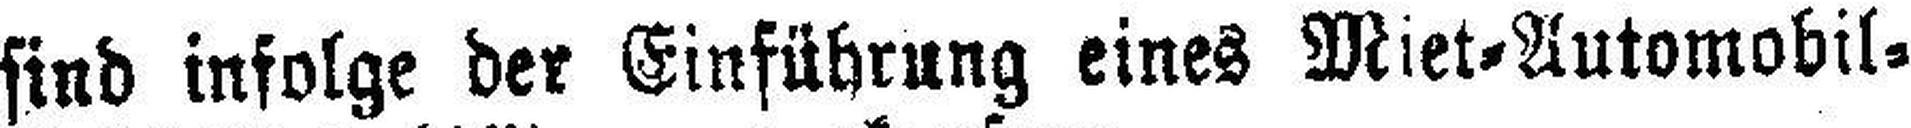
sind infolge der Einführung eines Miet=Automobil=